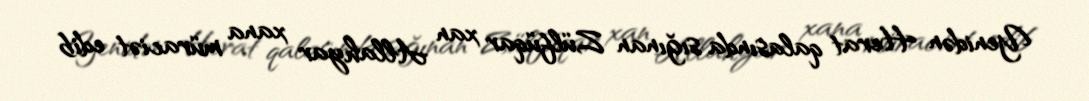
Yenidən Herat qalasında sığınan Zülfüqar xan Allahyar xana müraciət edib